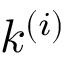
k ^ { ( i ) }